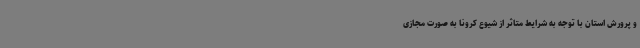
و پرورش استان با توجه به شرایط متاثر از شیوع کرونا به صورت مجازی